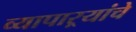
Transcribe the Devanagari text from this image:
व्यापाऱ्यांचे